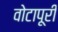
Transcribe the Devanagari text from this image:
वोटापूरी